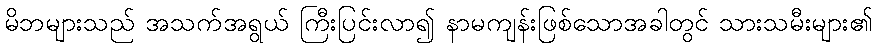
မိဘများသည် အသက်အရွယ် ကြီးပြင်းလာ၍ နာမကျန်းဖြစ်သောအခါတွင် သားသမီးများ၏